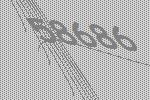
58686